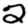
Digit: 2